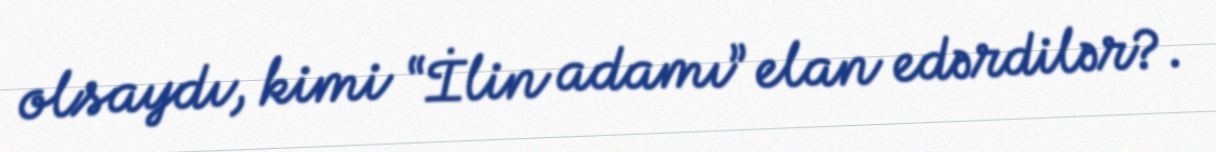
olsaydı, kimi “İlin adamı” elan edərdilər?.